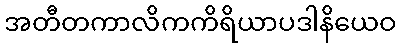
အတီတကာလိကကိရိယာပဒါနိယေဝ